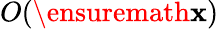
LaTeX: O(\ensuremath{\mathbf{x}})